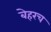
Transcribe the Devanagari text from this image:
बेहरच